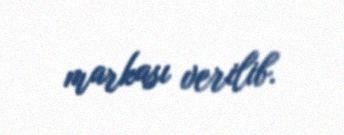
markası verilib.